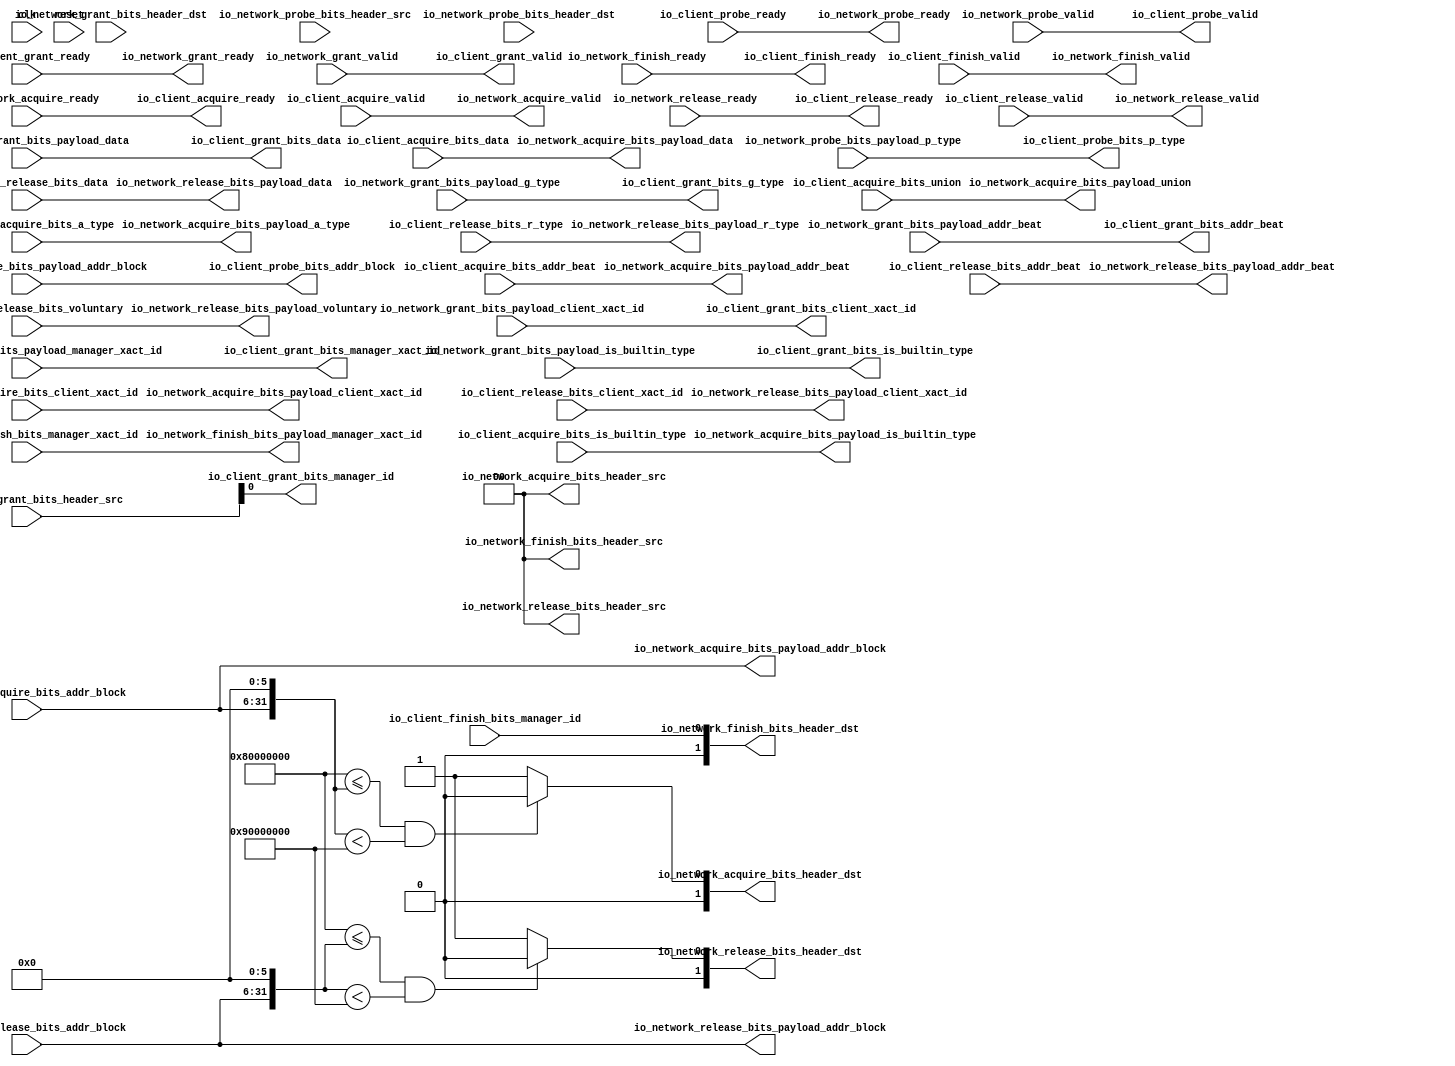
// Copyright (c) 2017, Microsemi Corporation
// All rights reserved.
//
// Redistribution and use in source and binary forms, with or without
// modification, are permitted provided that the following conditions are met:
//     * Redistributions of source code must retain the above copyright
//       notice, this list of conditions and the following disclaimer.
//     * Redistributions in binary form must reproduce the above copyright
//       notice, this list of conditions and the following disclaimer in the
//       documentation and/or other materials provided with the distribution.
//     * Neither the name of the <organization> nor the
//       names of its contributors may be used to endorse or promote products
//       derived from this software without specific prior written permission.
//
// THIS SOFTWARE IS PROVIDED BY THE COPYRIGHT HOLDERS AND CONTRIBUTORS "AS IS" AND
// ANY EXPRESS OR IMPLIED WARRANTIES, INCLUDING, BUT NOT LIMITED TO, THE IMPLIED
// WARRANTIES OF MERCHANTABILITY AND FITNESS FOR A PARTICULAR PURPOSE ARE
// DISCLAIMED. IN NO EVENT SHALL MICROSEMI CORPORATIONM BE LIABLE FOR ANY
// DIRECT, INDIRECT, INCIDENTAL, SPECIAL, EXEMPLARY, OR CONSEQUENTIAL DAMAGES
// (INCLUDING, BUT NOT LIMITED TO, PROCUREMENT OF SUBSTITUTE GOODS OR SERVICES;
// LOSS OF USE, DATA, OR PROFITS; OR BUSINESS INTERRUPTION) HOWEVER CAUSED AND
// ON ANY THEORY OF LIABILITY, WHETHER IN CONTRACT, STRICT LIABILITY, OR TORT
// (INCLUDING NEGLIGENCE OR OTHERWISE) ARISING IN ANY WAY OUT OF THE USE OF THIS
// SOFTWARE, EVEN IF ADVISED OF THE POSSIBILITY OF SUCH DAMAGE.
//
// Description:
//
// SVN Revision Information:
// SVN $Revision: 29484 $
// SVN $Date: 2017-03-31 09:57:25 +0100 (Fri, 31 Mar 2017) $
//
// Resolved SARs
// SAR      Date     Who   Description
//
// Notes:
//
// ****************************************************************************/
`define RANDOMIZE
`timescale 1ns/10ps
module PROC_SUBSYSTEM_CORERISCV_AXI4_0_CORERISCV_AXI4_CLIENT_TILE_LINK_NETWORK_PORT(
  input   clk,
  input   reset,
  output  io_client_acquire_ready,
  input   io_client_acquire_valid,
  input  [25:0] io_client_acquire_bits_addr_block,
  input   io_client_acquire_bits_client_xact_id,
  input  [2:0] io_client_acquire_bits_addr_beat,
  input   io_client_acquire_bits_is_builtin_type,
  input  [2:0] io_client_acquire_bits_a_type,
  input  [11:0] io_client_acquire_bits_union,
  input  [63:0] io_client_acquire_bits_data,
  input   io_client_probe_ready,
  output  io_client_probe_valid,
  output [25:0] io_client_probe_bits_addr_block,
  output [1:0] io_client_probe_bits_p_type,
  output  io_client_release_ready,
  input   io_client_release_valid,
  input  [2:0] io_client_release_bits_addr_beat,
  input  [25:0] io_client_release_bits_addr_block,
  input   io_client_release_bits_client_xact_id,
  input   io_client_release_bits_voluntary,
  input  [2:0] io_client_release_bits_r_type,
  input  [63:0] io_client_release_bits_data,
  input   io_client_grant_ready,
  output  io_client_grant_valid,
  output [2:0] io_client_grant_bits_addr_beat,
  output  io_client_grant_bits_client_xact_id,
  output [1:0] io_client_grant_bits_manager_xact_id,
  output  io_client_grant_bits_is_builtin_type,
  output [3:0] io_client_grant_bits_g_type,
  output [63:0] io_client_grant_bits_data,
  output  io_client_grant_bits_manager_id,
  output  io_client_finish_ready,
  input   io_client_finish_valid,
  input  [1:0] io_client_finish_bits_manager_xact_id,
  input   io_client_finish_bits_manager_id,
  input   io_network_acquire_ready,
  output  io_network_acquire_valid,
  output [1:0] io_network_acquire_bits_header_src,
  output [1:0] io_network_acquire_bits_header_dst,
  output [25:0] io_network_acquire_bits_payload_addr_block,
  output  io_network_acquire_bits_payload_client_xact_id,
  output [2:0] io_network_acquire_bits_payload_addr_beat,
  output  io_network_acquire_bits_payload_is_builtin_type,
  output [2:0] io_network_acquire_bits_payload_a_type,
  output [11:0] io_network_acquire_bits_payload_union,
  output [63:0] io_network_acquire_bits_payload_data,
  output  io_network_grant_ready,
  input   io_network_grant_valid,
  input  [1:0] io_network_grant_bits_header_src,
  input  [1:0] io_network_grant_bits_header_dst,
  input  [2:0] io_network_grant_bits_payload_addr_beat,
  input   io_network_grant_bits_payload_client_xact_id,
  input  [1:0] io_network_grant_bits_payload_manager_xact_id,
  input   io_network_grant_bits_payload_is_builtin_type,
  input  [3:0] io_network_grant_bits_payload_g_type,
  input  [63:0] io_network_grant_bits_payload_data,
  input   io_network_finish_ready,
  output  io_network_finish_valid,
  output [1:0] io_network_finish_bits_header_src,
  output [1:0] io_network_finish_bits_header_dst,
  output [1:0] io_network_finish_bits_payload_manager_xact_id,
  output  io_network_probe_ready,
  input   io_network_probe_valid,
  input  [1:0] io_network_probe_bits_header_src,
  input  [1:0] io_network_probe_bits_header_dst,
  input  [25:0] io_network_probe_bits_payload_addr_block,
  input  [1:0] io_network_probe_bits_payload_p_type,
  input   io_network_release_ready,
  output  io_network_release_valid,
  output [1:0] io_network_release_bits_header_src,
  output [1:0] io_network_release_bits_header_dst,
  output [2:0] io_network_release_bits_payload_addr_beat,
  output [25:0] io_network_release_bits_payload_addr_block,
  output  io_network_release_bits_payload_client_xact_id,
  output  io_network_release_bits_payload_voluntary,
  output [2:0] io_network_release_bits_payload_r_type,
  output [63:0] io_network_release_bits_payload_data
);
  wire  acq_with_header_ready;
  wire  acq_with_header_valid;
  wire [1:0] acq_with_header_bits_header_src;
  wire [1:0] acq_with_header_bits_header_dst;
  wire [25:0] acq_with_header_bits_payload_addr_block;
  wire  acq_with_header_bits_payload_client_xact_id;
  wire [2:0] acq_with_header_bits_payload_addr_beat;
  wire  acq_with_header_bits_payload_is_builtin_type;
  wire [2:0] acq_with_header_bits_payload_a_type;
  wire [11:0] acq_with_header_bits_payload_union;
  wire [63:0] acq_with_header_bits_payload_data;
  wire [31:0] GEN_0;
  wire [31:0] T_3894;
  wire  T_3896;
  wire  T_3898;
  wire  T_3899;
  wire  T_3902;
  wire  rel_with_header_ready;
  wire  rel_with_header_valid;
  wire [1:0] rel_with_header_bits_header_src;
  wire [1:0] rel_with_header_bits_header_dst;
  wire [2:0] rel_with_header_bits_payload_addr_beat;
  wire [25:0] rel_with_header_bits_payload_addr_block;
  wire  rel_with_header_bits_payload_client_xact_id;
  wire  rel_with_header_bits_payload_voluntary;
  wire [2:0] rel_with_header_bits_payload_r_type;
  wire [63:0] rel_with_header_bits_payload_data;
  wire [31:0] GEN_1;
  wire [31:0] T_4464;
  wire  T_4466;
  wire  T_4468;
  wire  T_4469;
  wire  T_4472;
  wire  fin_with_header_ready;
  wire  fin_with_header_valid;
  wire [1:0] fin_with_header_bits_header_src;
  wire [1:0] fin_with_header_bits_header_dst;
  wire [1:0] fin_with_header_bits_payload_manager_xact_id;
  wire  fin_with_header_bits_payload_manager_id;
  wire  prb_without_header_ready;
  wire  prb_without_header_valid;
  wire [25:0] prb_without_header_bits_addr_block;
  wire [1:0] prb_without_header_bits_p_type;
  wire  gnt_without_header_ready;
  wire  gnt_without_header_valid;
  wire [2:0] gnt_without_header_bits_addr_beat;
  wire  gnt_without_header_bits_client_xact_id;
  wire [1:0] gnt_without_header_bits_manager_xact_id;
  wire  gnt_without_header_bits_is_builtin_type;
  wire [3:0] gnt_without_header_bits_g_type;
  wire [63:0] gnt_without_header_bits_data;
  assign io_client_acquire_ready = acq_with_header_ready;
  assign io_client_probe_valid = prb_without_header_valid;
  assign io_client_probe_bits_addr_block = prb_without_header_bits_addr_block;
  assign io_client_probe_bits_p_type = prb_without_header_bits_p_type;
  assign io_client_release_ready = rel_with_header_ready;
  assign io_client_grant_valid = gnt_without_header_valid;
  assign io_client_grant_bits_addr_beat = gnt_without_header_bits_addr_beat;
  assign io_client_grant_bits_client_xact_id = gnt_without_header_bits_client_xact_id;
  assign io_client_grant_bits_manager_xact_id = gnt_without_header_bits_manager_xact_id;
  assign io_client_grant_bits_is_builtin_type = gnt_without_header_bits_is_builtin_type;
  assign io_client_grant_bits_g_type = gnt_without_header_bits_g_type;
  assign io_client_grant_bits_data = gnt_without_header_bits_data;
  assign io_client_grant_bits_manager_id = io_network_grant_bits_header_src[0];
  assign io_client_finish_ready = fin_with_header_ready;
  assign io_network_acquire_valid = acq_with_header_valid;
  assign io_network_acquire_bits_header_src = acq_with_header_bits_header_src;
  assign io_network_acquire_bits_header_dst = acq_with_header_bits_header_dst;
  assign io_network_acquire_bits_payload_addr_block = acq_with_header_bits_payload_addr_block;
  assign io_network_acquire_bits_payload_client_xact_id = acq_with_header_bits_payload_client_xact_id;
  assign io_network_acquire_bits_payload_addr_beat = acq_with_header_bits_payload_addr_beat;
  assign io_network_acquire_bits_payload_is_builtin_type = acq_with_header_bits_payload_is_builtin_type;
  assign io_network_acquire_bits_payload_a_type = acq_with_header_bits_payload_a_type;
  assign io_network_acquire_bits_payload_union = acq_with_header_bits_payload_union;
  assign io_network_acquire_bits_payload_data = acq_with_header_bits_payload_data;
  assign io_network_grant_ready = gnt_without_header_ready;
  assign io_network_finish_valid = fin_with_header_valid;
  assign io_network_finish_bits_header_src = fin_with_header_bits_header_src;
  assign io_network_finish_bits_header_dst = fin_with_header_bits_header_dst;
  assign io_network_finish_bits_payload_manager_xact_id = fin_with_header_bits_payload_manager_xact_id;
  assign io_network_probe_ready = prb_without_header_ready;
  assign io_network_release_valid = rel_with_header_valid;
  assign io_network_release_bits_header_src = rel_with_header_bits_header_src;
  assign io_network_release_bits_header_dst = rel_with_header_bits_header_dst;
  assign io_network_release_bits_payload_addr_beat = rel_with_header_bits_payload_addr_beat;
  assign io_network_release_bits_payload_addr_block = rel_with_header_bits_payload_addr_block;
  assign io_network_release_bits_payload_client_xact_id = rel_with_header_bits_payload_client_xact_id;
  assign io_network_release_bits_payload_voluntary = rel_with_header_bits_payload_voluntary;
  assign io_network_release_bits_payload_r_type = rel_with_header_bits_payload_r_type;
  assign io_network_release_bits_payload_data = rel_with_header_bits_payload_data;
  assign acq_with_header_ready = io_network_acquire_ready;
  assign acq_with_header_valid = io_client_acquire_valid;
  assign acq_with_header_bits_header_src = 2'h0;
  assign acq_with_header_bits_header_dst = {{1'd0}, T_3902};
  assign acq_with_header_bits_payload_addr_block = io_client_acquire_bits_addr_block;
  assign acq_with_header_bits_payload_client_xact_id = io_client_acquire_bits_client_xact_id;
  assign acq_with_header_bits_payload_addr_beat = io_client_acquire_bits_addr_beat;
  assign acq_with_header_bits_payload_is_builtin_type = io_client_acquire_bits_is_builtin_type;
  assign acq_with_header_bits_payload_a_type = io_client_acquire_bits_a_type;
  assign acq_with_header_bits_payload_union = io_client_acquire_bits_union;
  assign acq_with_header_bits_payload_data = io_client_acquire_bits_data;
  assign GEN_0 = {{6'd0}, io_client_acquire_bits_addr_block};
  assign T_3894 = GEN_0 << 6;
  assign T_3896 = 32'h80000000 <= T_3894;
  assign T_3898 = T_3894 < 32'h90000000;
  assign T_3899 = T_3896 & T_3898;
  assign T_3902 = T_3899 ? 1'h0 : 1'h1;
  assign rel_with_header_ready = io_network_release_ready;
  assign rel_with_header_valid = io_client_release_valid;
  assign rel_with_header_bits_header_src = 2'h0;
  assign rel_with_header_bits_header_dst = {{1'd0}, T_4472};
  assign rel_with_header_bits_payload_addr_beat = io_client_release_bits_addr_beat;
  assign rel_with_header_bits_payload_addr_block = io_client_release_bits_addr_block;
  assign rel_with_header_bits_payload_client_xact_id = io_client_release_bits_client_xact_id;
  assign rel_with_header_bits_payload_voluntary = io_client_release_bits_voluntary;
  assign rel_with_header_bits_payload_r_type = io_client_release_bits_r_type;
  assign rel_with_header_bits_payload_data = io_client_release_bits_data;
  assign GEN_1 = {{6'd0}, io_client_release_bits_addr_block};
  assign T_4464 = GEN_1 << 6;
  assign T_4466 = 32'h80000000 <= T_4464;
  assign T_4468 = T_4464 < 32'h90000000;
  assign T_4469 = T_4466 & T_4468;
  assign T_4472 = T_4469 ? 1'h0 : 1'h1;
  assign fin_with_header_ready = io_network_finish_ready;
  assign fin_with_header_valid = io_client_finish_valid;
  assign fin_with_header_bits_header_src = 2'h0;
  assign fin_with_header_bits_header_dst = {{1'd0}, io_client_finish_bits_manager_id};
  assign fin_with_header_bits_payload_manager_xact_id = io_client_finish_bits_manager_xact_id;
  assign fin_with_header_bits_payload_manager_id = io_client_finish_bits_manager_id;
  assign prb_without_header_ready = io_client_probe_ready;
  assign prb_without_header_valid = io_network_probe_valid;
  assign prb_without_header_bits_addr_block = io_network_probe_bits_payload_addr_block;
  assign prb_without_header_bits_p_type = io_network_probe_bits_payload_p_type;
  assign gnt_without_header_ready = io_client_grant_ready;
  assign gnt_without_header_valid = io_network_grant_valid;
  assign gnt_without_header_bits_addr_beat = io_network_grant_bits_payload_addr_beat;
  assign gnt_without_header_bits_client_xact_id = io_network_grant_bits_payload_client_xact_id;
  assign gnt_without_header_bits_manager_xact_id = io_network_grant_bits_payload_manager_xact_id;
  assign gnt_without_header_bits_is_builtin_type = io_network_grant_bits_payload_is_builtin_type;
  assign gnt_without_header_bits_g_type = io_network_grant_bits_payload_g_type;
  assign gnt_without_header_bits_data = io_network_grant_bits_payload_data;
endmodule